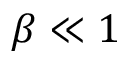
\beta \ll 1